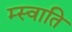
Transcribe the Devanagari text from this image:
म्स्वाति